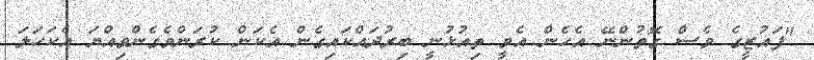
"ފައުޒީގެ ވެސް ގޮތުންނޭ އެހެން އެވީ ތިއުޅުނީ ބިރުދައްކައިގެން އެކަން ކުރަންވެގެންވިއްޔަ އެކަހަލަ